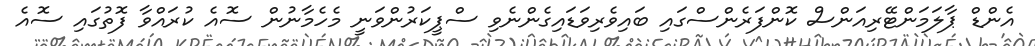
އެންޑް ޕާލަމަންޓޭރިއަންސް ކޮންފަރެންސްގައި ބައިވެރިވަޑައިގެންނެވި ސްޕީކަރުންވަނީ މެހެމާނުން ސޮއެ ކުރައްވާ ފޮތުގައި ސޮއެ